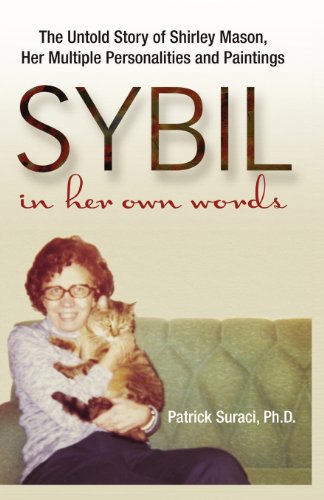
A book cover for SYBIL in her own words: The Untold Story of Shirley Mason, Her Multiple Personalities and Paintings; Patrick Suraci; Health, Fitness & Dieting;